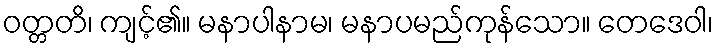
ဝတ္တတိ၊ ကျင့်၏။ မနာပါနာမ၊ မနာပမည်ကုန်သော။ တေဒေဝါ၊